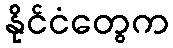
နိုင်ငံတွေက